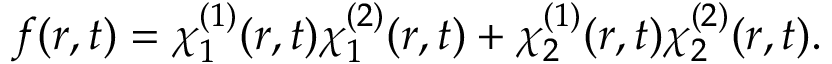
f ( r , t ) = \chi _ { 1 } ^ { ( 1 ) } ( r , t ) \chi _ { 1 } ^ { ( 2 ) } ( r , t ) + \chi _ { 2 } ^ { ( 1 ) } ( r , t ) \chi _ { 2 } ^ { ( 2 ) } ( r , t ) .